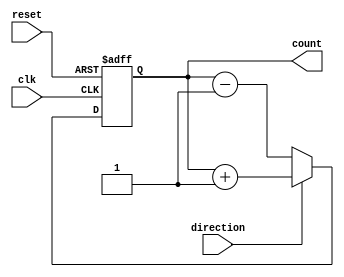
module bidirectional_gray_counter (
    input wire clk,
    input wire reset,
    input wire direction,
    output reg [3:0] count
);

reg [3:0] next_count;

always @(posedge clk or posedge reset) begin
    if (reset) begin
        count <= 4'b0000;
    end else if (direction) begin // Increment
        next_count = count + 1;
        count <= next_count;
    end else begin // Decrement
        next_count = count - 1;
        count <= next_count;
    end
end

endmodule